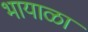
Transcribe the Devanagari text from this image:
भायाळा